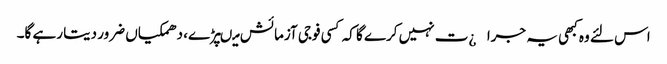
اس لئے وہ کبھی یہ جرا¿ت نہیں کرے گا کہ کسی فوجی آزمائش میںپڑے، دھمکیاں ضرور دیتا رہے گا۔